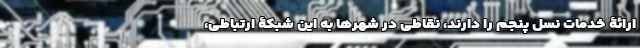
ارائۀ خدمات نسل پنجم را دارند، نقاطی در شهرها به این شبکۀ ارتباطی،